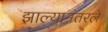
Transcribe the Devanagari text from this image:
झाल्यानंतरले